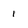
Character: 1